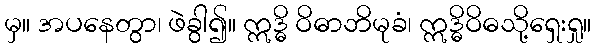
မှ။ အပနေတွာ၊ ဖဲခွါ၍။ ဣဒ္ဓိ ဝိဓာဘိမုခံ၊ ဣဒ္ဓိဝိဓသို့ရှေးရှု။